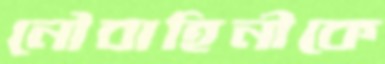
নৌবাহিনীকে